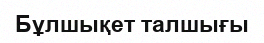
Бұлшықет талшығы